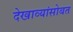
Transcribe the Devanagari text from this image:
देखाव्यांसोबत